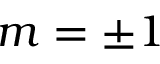
m = \pm 1